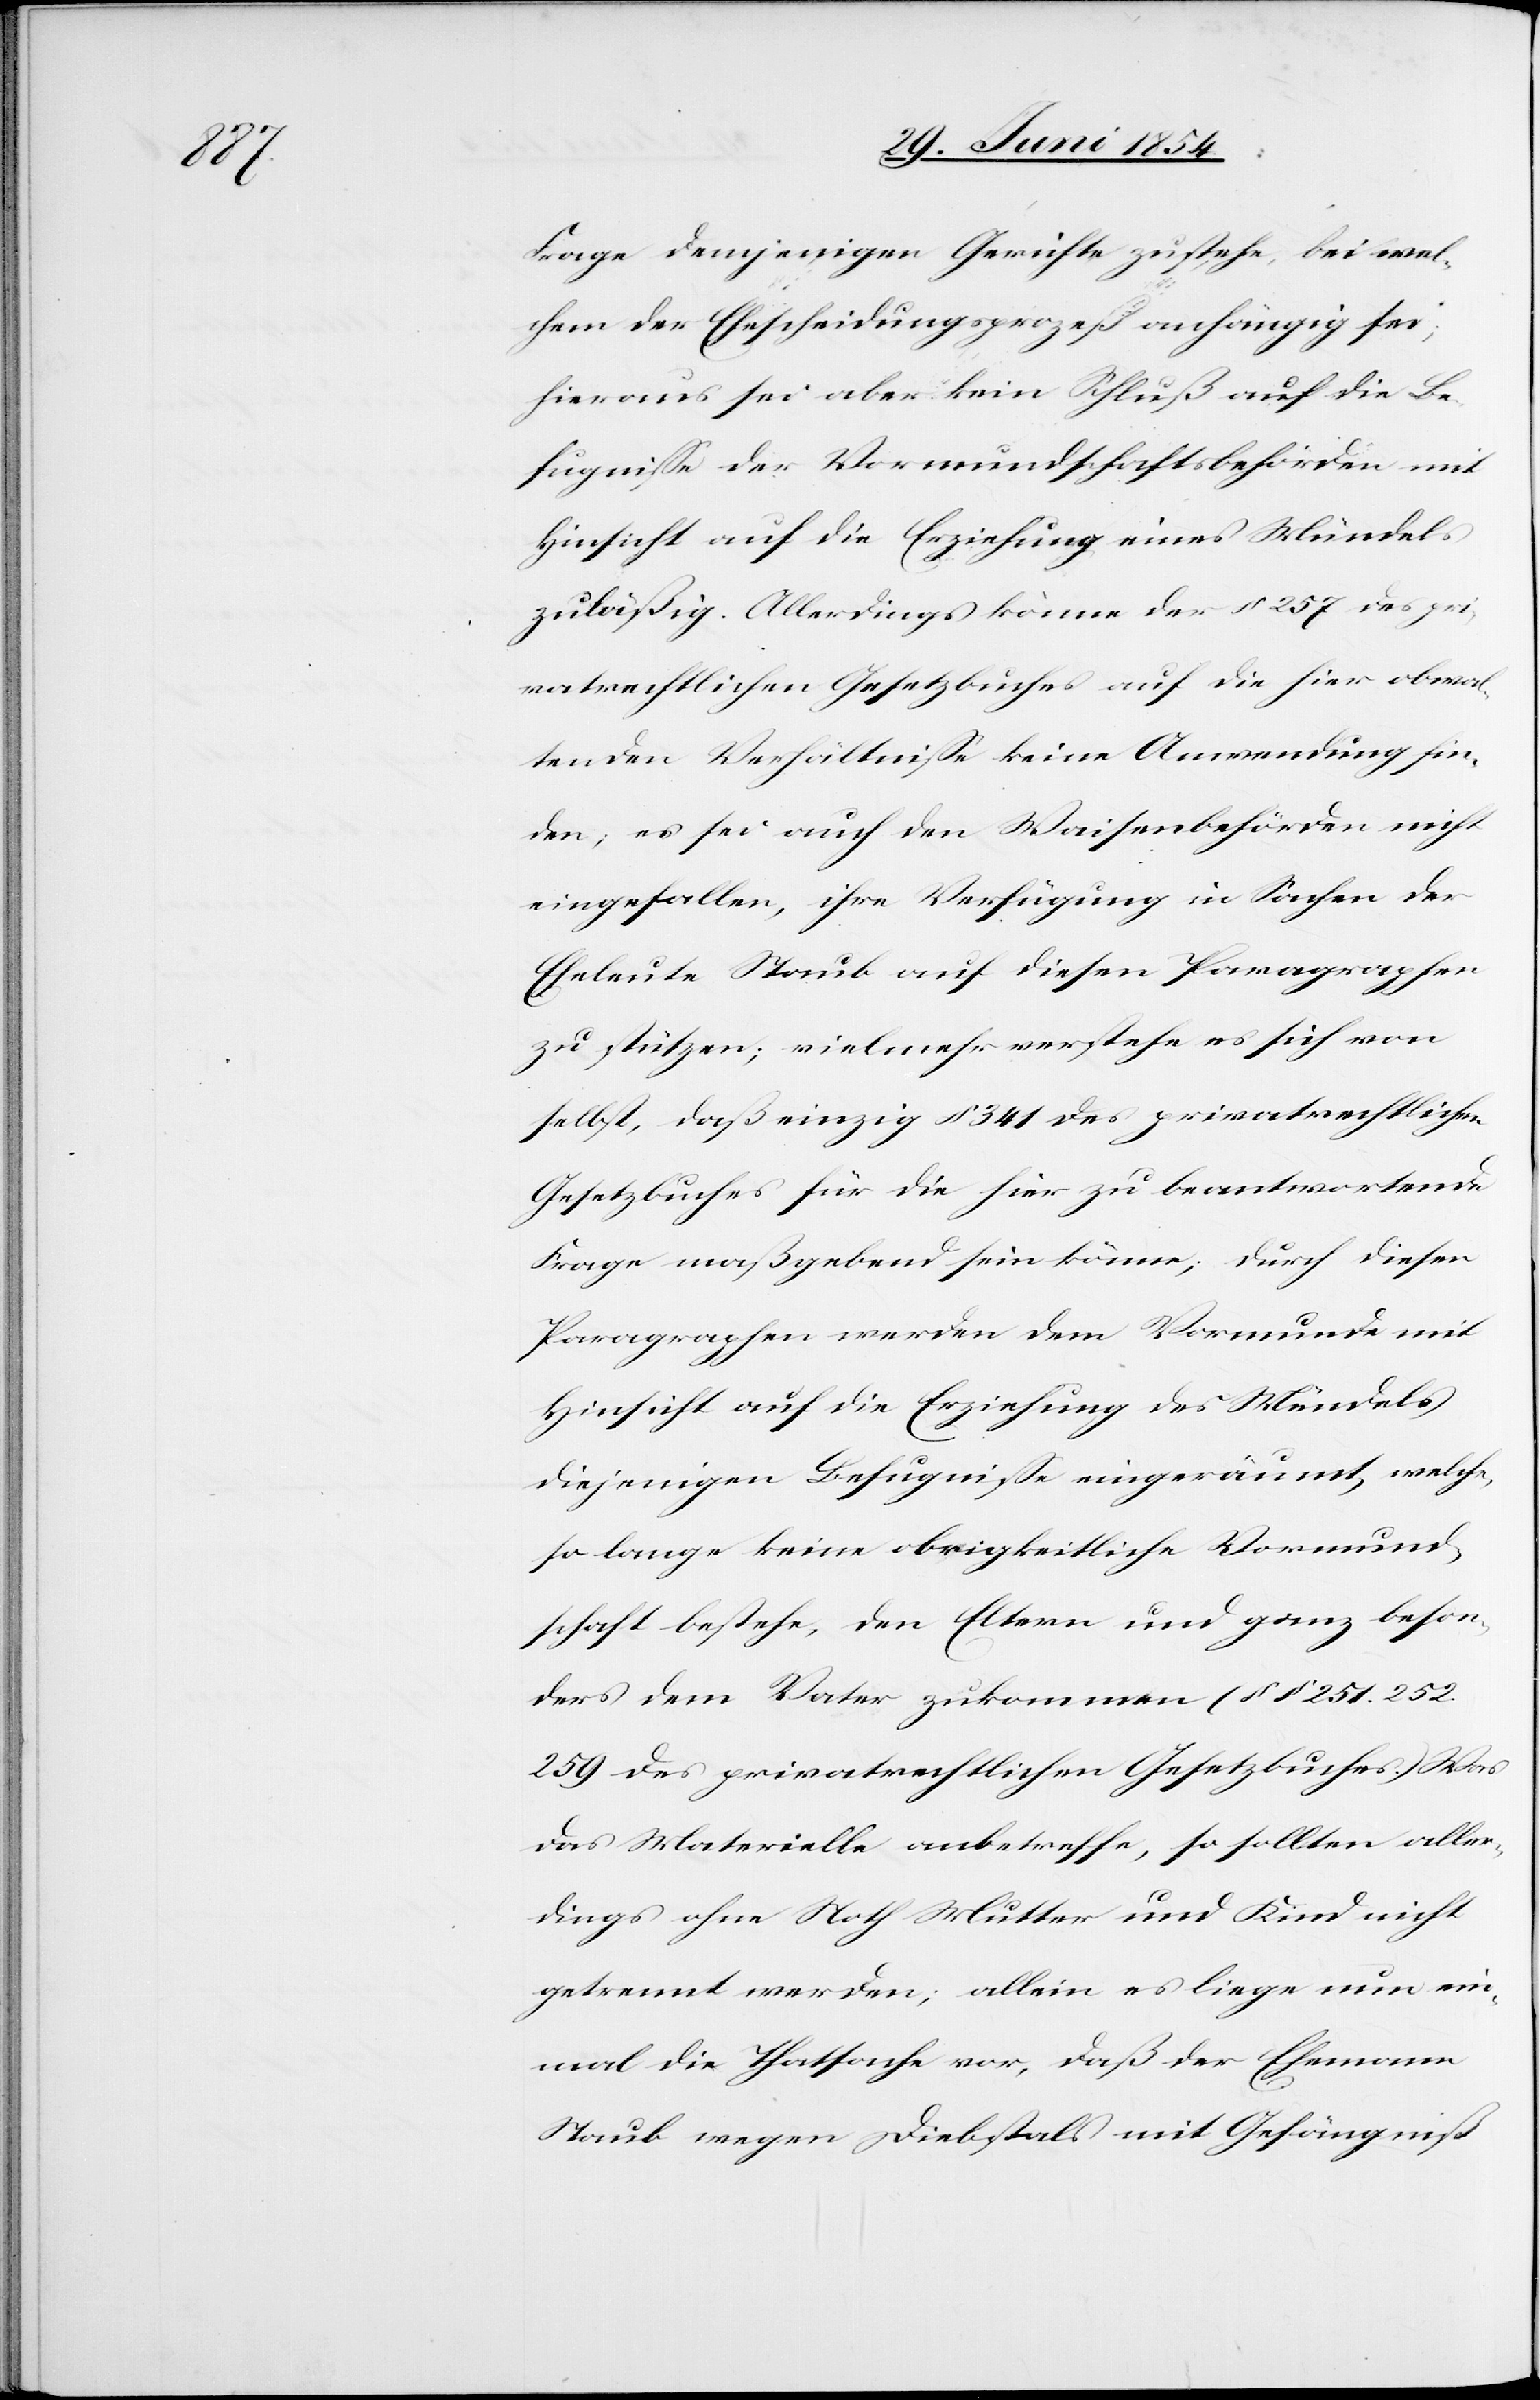
Frage demjenigen Gerichte zustehe, bei wel¬
chem der Ehescheidungsprozeß anhängig sei;
hieraus sei aber kein Schluß auf die Be¬
fugniße der Vormundschaftsbehörden mit
Hinsicht auf die Erziehung eines Mündels
zuläßig. Allerdings könne der § 257 des pri¬
vatrechtlichen Gesetzbuches auf die hier obwal¬
tenden Verhältniße keine Anwendung fin¬
den; es sei auch den Waisenbehörden nicht
eingefallen, ihre Verfügung in Sachen der
Eheleute Staub auf diesen Paragraphen
zu stützen; vielmehr verstehe e sich von
selbst, das einzig § 341 des privatrechtlichen
Gesetzbuches für die hier zu beantwortende
Frage maßgebend sein könne; durch diesen
Paragraphen werden dem Vormunde mit
Hinsicht auf die Erziehung des Mündels
diejenigen Befugniße eingeräumt, welche,
so lange keine obrigkeitliche Vormund¬
schaft bestehe, den Eltern und ganz beson¬
ders dem Vater zukommen (§ § 251. 252.
259 des privatrechtlichen Gesetzbuches.) Was
das Materielle anbetreffe, so sollten aller¬
dings ohne Noth Mutter und Kind nicht
getrennt werden; allein es liege nun ein¬
mal die Thatsache vor, daß der Ehemann
Staub wegen Diebstahls mit Gefängniß